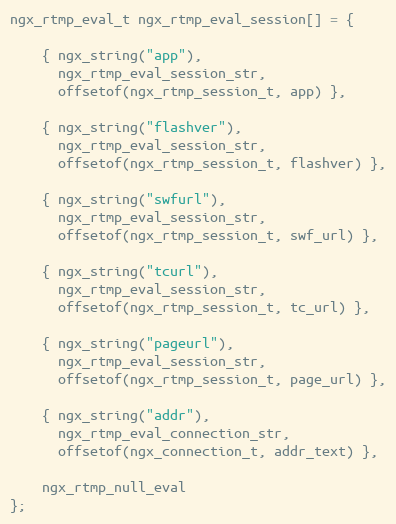
Language: C
ngx_rtmp_eval_t ngx_rtmp_eval_session[] = {

    { ngx_string("app"),
      ngx_rtmp_eval_session_str,
      offsetof(ngx_rtmp_session_t, app) },

    { ngx_string("flashver"),
      ngx_rtmp_eval_session_str,
      offsetof(ngx_rtmp_session_t, flashver) },

    { ngx_string("swfurl"),
      ngx_rtmp_eval_session_str,
      offsetof(ngx_rtmp_session_t, swf_url) },

    { ngx_string("tcurl"),
      ngx_rtmp_eval_session_str,
      offsetof(ngx_rtmp_session_t, tc_url) },

    { ngx_string("pageurl"),
      ngx_rtmp_eval_session_str,
      offsetof(ngx_rtmp_session_t, page_url) },

    { ngx_string("addr"),
      ngx_rtmp_eval_connection_str,
      offsetof(ngx_connection_t, addr_text) },

    ngx_rtmp_null_eval
};